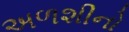
અળશીનો